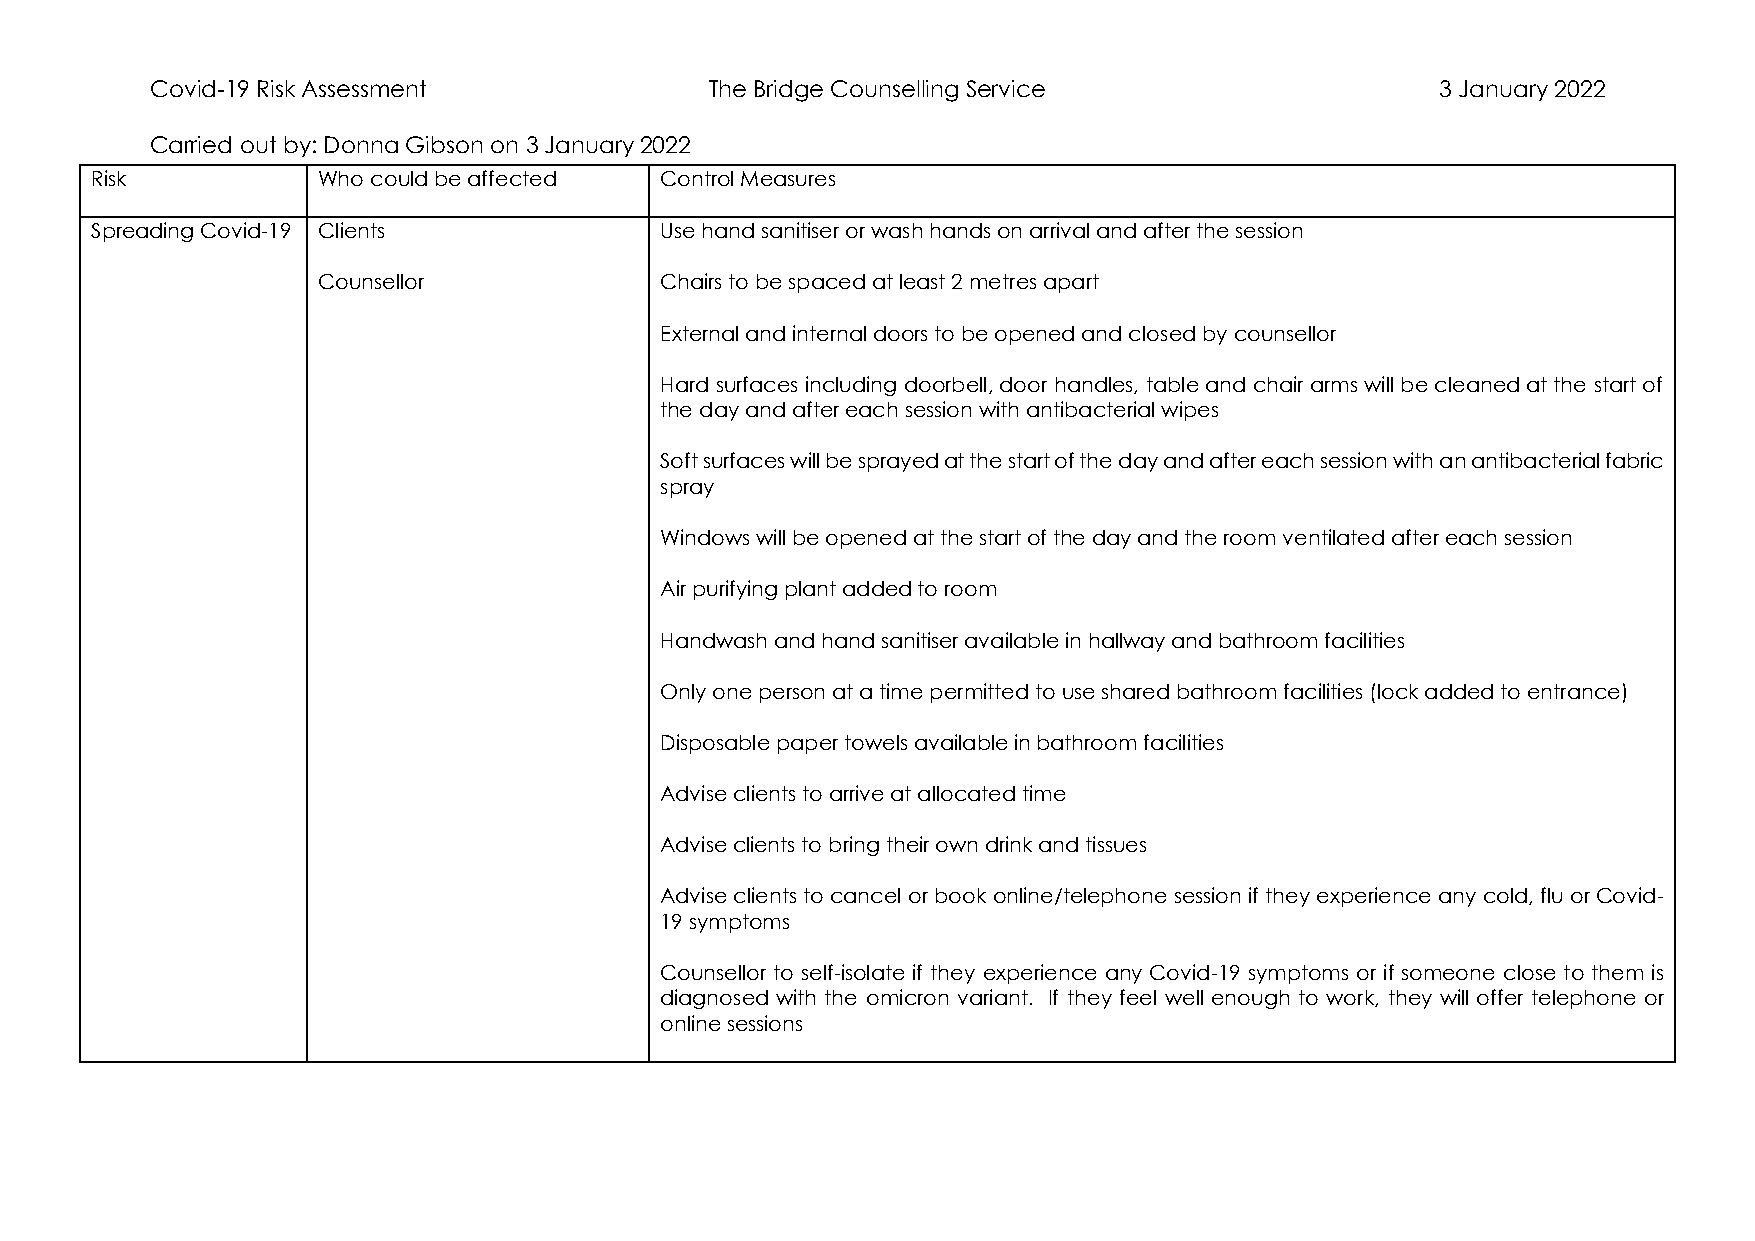
Covid-19 Risk Assessment             The Bridge Counselling Service                  3 January 2022
 Carried out by: Donna Gibson on 3 January 2022
 Risk           Who could be affected  Control Measures
 Spreading Covid-19 Clients            Use hand sanitiser or wash hands on arrival and after the session
 Counsellor             Chairs to be spaced at least 2 metres apart
 External and internal doors to be opened and closed by counsellor
 Hard surfaces including doorbell, door handles, table and chair arms will be cleaned at the start of
 the day and after each session with antibacterial wipes
 Soft surfaces will be sprayed at the start of the day and after each session with an antibacterial fabric
 spray
 Windows will be opened at the start of the day and the room ventilated after each session
 Air purifying plant added to room
 Handwash and hand sanitiser available in hallway and bathroom facilities
 Only one person at a time permitted to use shared bathroom facilities (lock added to entrance)
 Disposable paper towels available in bathroom facilities
 Advise clients to arrive at allocated time
 Advise clients to bring their own drink and tissues
 Advise clients to cancel or book online/telephone session if they experience any cold, flu or Covid-
 19 symptoms
 Counsellor to self-isolate if they experience any Covid-19 symptoms or if someone close to them is
 diagnosed with the omicron variant. If they feel well enough to work, they will offer telephone or
 online sessions